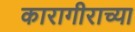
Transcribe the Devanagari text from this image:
कारागीराच्या